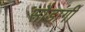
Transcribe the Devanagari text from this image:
सौडांगी